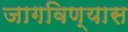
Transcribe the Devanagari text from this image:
जागविण्यास